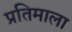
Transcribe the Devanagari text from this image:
प्रतिमाला